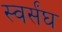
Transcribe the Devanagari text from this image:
स्वर्संघ